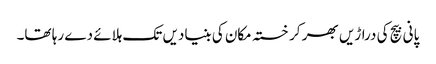
پانی بیچ کی دراڑیں بھر کر خستہ مکان کی بنیادیں تک ہلائے دے رہا تھا۔